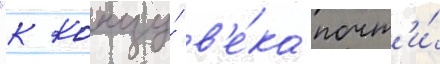
"к концу́ в'е́ка почт'и́